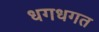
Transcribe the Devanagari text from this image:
धगधगत